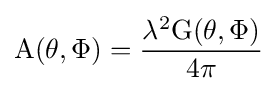
\mathrm {A} (\theta ,\Phi )={\frac {\lambda ^{2}\mathrm {G} (\theta ,\Phi )}{4\pi }}